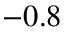
- 0 . 8